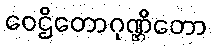
ဝေဌိတောဂုဏ္ဌိတော